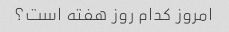
امروز کدام روز هفته است؟